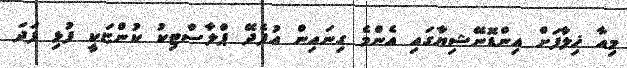
މިއާ ޚިލާފަށް އިންޑޮނޭޝިޔާގައި އެންމެ ގިނައިން އުފެދޭ ޕްލާސްޓިކު ކުންޏަކީ ފުޅި ފަދަ